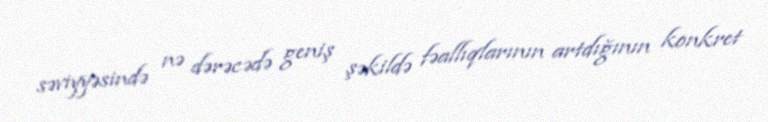
səviyyəsində nə dərəcədə geniş şəkildə fəallıqlarının artdığının konkret